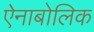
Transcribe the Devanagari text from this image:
ऐनाबोलिक